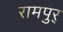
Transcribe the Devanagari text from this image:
रामपुर्